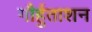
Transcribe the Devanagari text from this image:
गौर्हुताशन